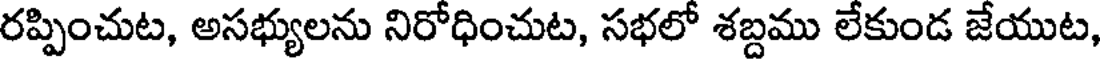
రప్పించుట, అసభ్యులను నిరోధించుట, సభలో శబ్దము లేకుండ జేయుట,